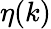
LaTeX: \eta(k)